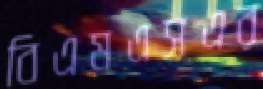
বিএমএসএর